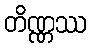
တိဏ္ဏဿ